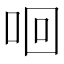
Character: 𠲛